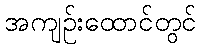
အကျဉ်းထောင်တွင်